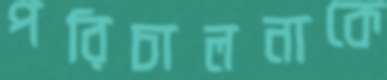
পরিচালনাকে